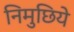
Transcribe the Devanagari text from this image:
निमुछिये